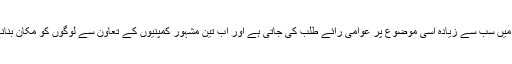
اس موقع پر فیس بک کے پراڈکٹ مینیجر نے بتایا کہ امریکا میں سب سے زیادہ اسی موضوع پر عوامی رائے طلب کی جاتی ہے اور اب تین مشہور کمپنیوں کے تعاون سے لوگوں کو مکان بنانے یا اس سے وابستہ مسائل حل کرنے میں مدد دی جائے گی۔